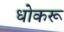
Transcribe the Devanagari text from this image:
धोकरू